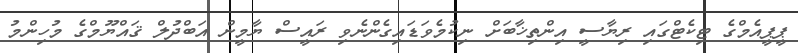
ޕީޕީއެމްގެ ޓިކެޓްގައި ރިޔާސީ އިންތިޚާބަށް ނިކުމެވަޑައިގެންނެވި ރައީސް ޔާމީން އަބްދުލް ޤައްޔޫމްގެ މުހިންމު